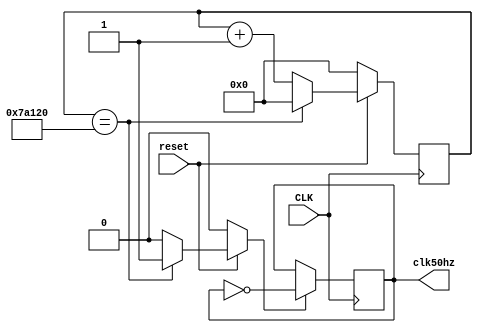
module clock(input CLK, input reset, output wire clk50hz);
reg [19:0] count;
reg [19:0] c_count;
reg go;

always @ (*) begin
	go=1'b0;
	if(count==20'h7A120)begin
		c_count=20'h00_000;
		go=1'b1;
	end
	else 
		c_count=count+1;	
	if(reset==1'b0)begin 
		c_count=20'h00_000;
		go=1'b0;
	end
end

always @(posedge CLK) begin
	count<=c_count;
end 
assign go1=go;

reg c_clk,clk;
always @(*)begin 
		c_clk=~clk;
end

always @(posedge CLK) begin
	if( go==1'b1)
	clk<=c_clk;
end
assign clk50hz=clk;

endmodule